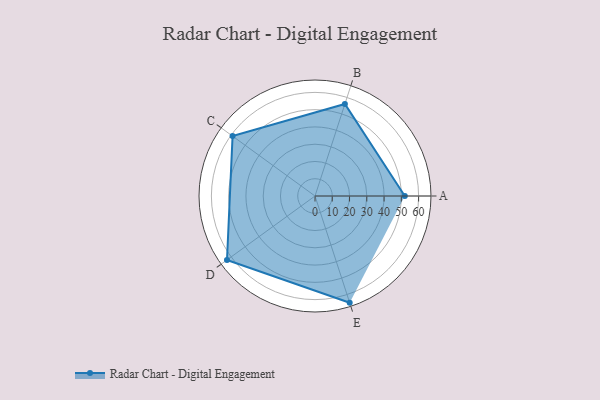
{"axis": {"x": "Skill", "y": "Score"}, "legend": ["Profile"], "data": [{"x": "A", "y": 52.0, "type": "Profile"}, {"x": "B", "y": 56.0, "type": "Profile"}, {"x": "C", "y": 59.0, "type": "Profile"}, {"x": "D", "y": 63.0, "type": "Profile"}, {"x": "E", "y": 65.0, "type": "Profile"}]}